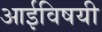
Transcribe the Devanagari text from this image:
आईविषयी